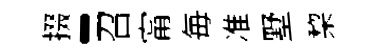
掇-召甯毎准墅棃